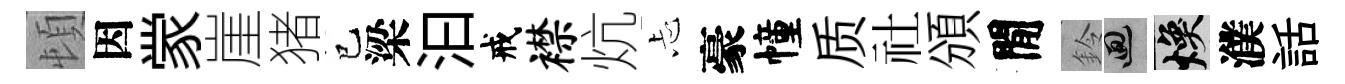
頓因䝉崖猪巳梁汩戒襟炕忐豪幢质社頒閒鈴回焕濮話